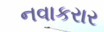
નવાકરાર